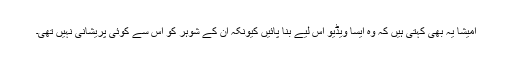
امیشا یہ بھی کہتی ہیں کہ وہ ایسا ویڈیو اس لیے بنا پائیں کیونکہ ان کے شوہر کو اس سے کوئی پریشانی نہیں تھی۔